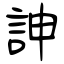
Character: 訷